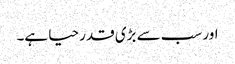
اور سب سے بڑی قدر حیا ہے۔